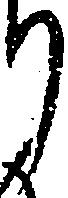
り